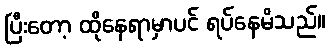
ပြီးတော့ ထိုနေရာမှာပင် ရပ်နေမိသည်။